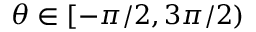
\theta \in [ - \pi / 2 , 3 \pi / 2 )